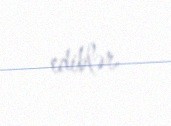
ediblər.